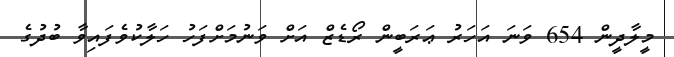
މީލާދީން 654 ވަނަ އަހަރު ޢަރަބީން ރޯޑެޒް އަށް ވަނުމަށްފަހު ހަލާކުވެފައިވާ ބުދުގެ